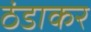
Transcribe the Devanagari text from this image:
ठंडाकर